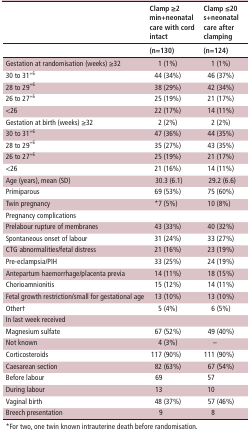
<table><thead><tr><td></td><td><b>Clamp ≥2 min+neonatal care with cord intact</b></td><td><b>Clamp ≤20 s+neonatal care after clamping</b></td></tr><tr><td></td><td><b>(n=130)</b></td><td><b>(n=124)</b></td></tr></thead><tbody><tr><td>Gestation at randomisation (weeks) ≥32</td><td>1 (1%)</td><td>1 (1%)</td></tr><tr><td>30 to 31<sup>+6</sup></td><td>44 (34%)</td><td>46 (37%)</td></tr><tr><td>28 to 29<sup>+6</sup></td><td>38 (29%)</td><td>42 (34%)</td></tr><tr><td>26 to 27<sup>+6</sup></td><td>25 (19%)</td><td>21 (17%)</td></tr><tr><td>&lt;26</td><td>22 (17%)</td><td>14 (11%)</td></tr><tr><td>Gestation at birth (weeks) ≥32</td><td>2 (2%)</td><td>2 (2%)</td></tr><tr><td>30 to 31<sup>+6</sup></td><td>47 (36%)</td><td>44 (35%)</td></tr><tr><td>28 to 29<sup>+6</sup></td><td>35 (27%)</td><td>43 (35%)</td></tr><tr><td>26 to 27<sup>+6</sup></td><td>25 (19%)</td><td>21 (17%)</td></tr><tr><td>&lt;26</td><td>21 (16%)</td><td>14 (11%)</td></tr><tr><td>Age (years), mean (SD)</td><td>30.3 (6.1)</td><td> 29.2 (6.6)</td></tr><tr><td>Primiparous</td><td>69 (53%)</td><td>75 (60%)</td></tr><tr><td>Twin pregnancy</td><td>*7 (5%)</td><td>10 (8%)</td></tr><tr><td>Pregnancy complications</td><td></td><td></td></tr><tr><td>Prelabour rupture of membranes</td><td>43 (33%)</td><td>40 (32%)</td></tr><tr><td>Spontaneous onset of labour</td><td>31 (24%)</td><td>33 (27%)</td></tr><tr><td>CTG abnormalities/fetal distress</td><td>21 (16%)</td><td>23 (19%)</td></tr><tr><td>Pre-eclampsia/PIH</td><td>33 (25%)</td><td>24 (19%)</td></tr><tr><td>Antepartum haemorrhage/placenta previa</td><td>14 (11%)</td><td>18 (15%)</td></tr><tr><td>Chorioamnionitis</td><td>15 (12%)</td><td>14 (11%)</td></tr><tr><td>Fetal growth restriction/small for gestational age</td><td>13 (10%)</td><td>13 (10%)</td></tr><tr><td>Other†</td><td>5 (4%)</td><td>6 (5%)</td></tr><tr><td>In last week received</td><td></td><td></td></tr><tr><td>Magnesium sulfate</td><td>67 (52%)</td><td>49 (40%)</td></tr><tr><td>Not known</td><td>4 (3%)</td><td>–</td></tr><tr><td>Corticosteroids</td><td>117 (90%)</td><td>111 (90%)</td></tr><tr><td>Caesarean section</td><td>82 (63%)</td><td>67 (54%)</td></tr><tr><td>Before labour</td><td>69</td><td> 57</td></tr><tr><td>During labour</td><td>13</td><td> 10</td></tr><tr><td>Vaginal birth</td><td>48 (37%)</td><td>57 (46%)</td></tr><tr><td>Breech presentation</td><td>9</td><td>8</td></tr></tbody></table>